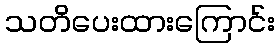
သတိပေးထားကြောင်း